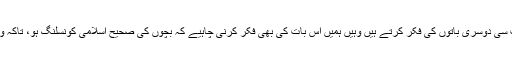
ایسی صورت حال میں جہاں ہم بہت سی دوسری باتوں کی فکر کرتے ہیں وہیں ہمیں اس بات کی بھی فکر کرنی چاہیے کہ بچوں کی صحیح اسلامی کونسلنگ ہو، تاکہ وہ اسلامی تعلیم سے واقف ہو سکیں ۔